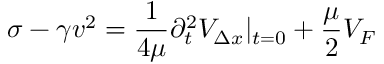
\sigma - \gamma v ^ { 2 } = \frac { 1 } { 4 \mu } \partial _ { t } ^ { 2 } { \cal V } _ { \Delta x } | _ { t = 0 } + \frac { \mu } { 2 } { \cal V } _ { F }